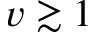
v \gtrsim 1